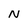
Character: N